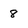
Character: 8